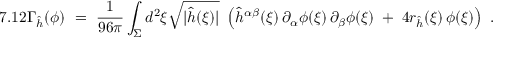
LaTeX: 7 . 1 2 \Gamma _ { \hat { h } } ( \phi ) \ = \ \frac { 1 } { 9 6 \pi } \int _ { \Sigma } d ^ { 2 } \xi \sqrt { | \hat { h } ( \xi ) | } \ \left( \hat { h } ^ { \alpha \beta } ( \xi ) \, \partial _ { \alpha } \phi ( \xi ) \, \partial _ { \beta } \phi ( \xi ) \; + \; 4 r _ { \hat { h } } ( \xi ) \, \phi ( \xi ) \right) \ .